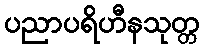
ပညာပရိဟီနသုတ္တ